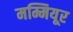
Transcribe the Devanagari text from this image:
मम्मियूर